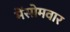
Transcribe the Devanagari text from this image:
मेंसोमवार